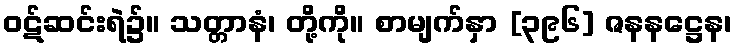
ဝဋ်ဆင်းရဲ၌။ သတ္တာနံ၊ တို့ကို။ စာမျက်နှာ [၃၉၆] ဇနနဋ္ဌေန၊